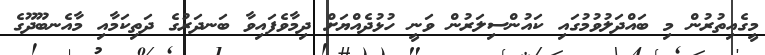
މީގެއިތުރުން މި ބައްދަލުވުމުގައި ކައުންސިލަރުން ވަނީ ހުޅުދެއްޔަށް ދިމާވެފައިވާ ބަނދަރުގެ ދަތިކަމާއި މާއެނބޫދޫގެ